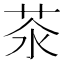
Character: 𦮭